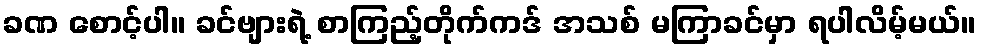
ခဏ စောင့်ပါ။ ခင်ဗျားရဲ့ စာကြည့်တိုက်ကဒ် အသစ် မကြာခင်မှာ ရပါလိမ့်မယ်။